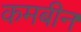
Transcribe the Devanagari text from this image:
कमबीन